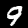
Label: 9